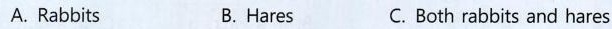
A. Rabbits B. Hares C. Both rabbits and hares